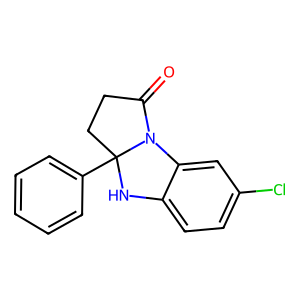
SMILES: O=C1CCC2(c3ccccc3)Nc3ccc(Cl)cc3N12
Inhibits HIV replication: No